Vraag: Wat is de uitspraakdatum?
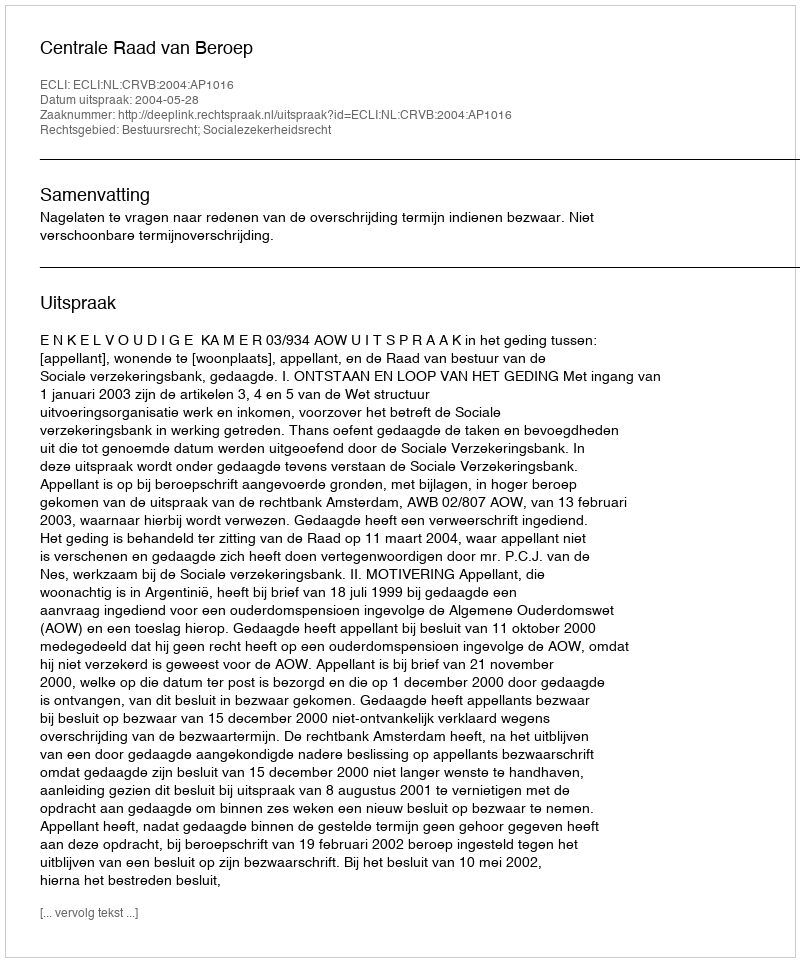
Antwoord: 2004-05-28